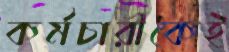
কর্মচারীকেই